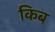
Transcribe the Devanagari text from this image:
किब